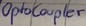
Text: OptoCoupler